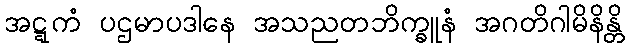
အဋ္ဋကံ ပဌမာပဒါနေ အသညတဘိက္ခူနံ အဂတိဂါမိနိန္တိ